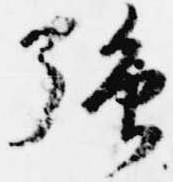
強